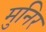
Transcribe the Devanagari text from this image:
मुनिर